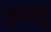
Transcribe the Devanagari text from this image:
सुदांशु